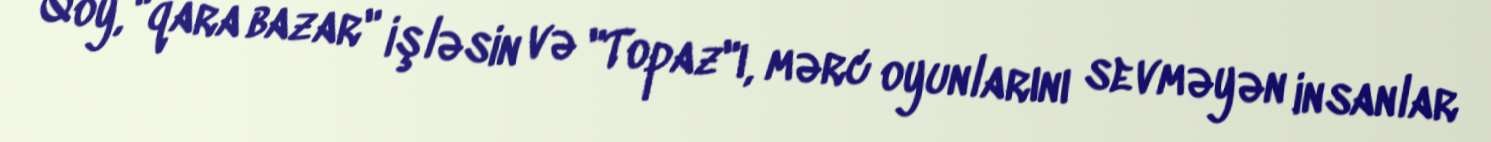
Qoy, "qara bazar" işləsin və "Topaz"ı, mərc oyunlarını sevməyən insanlar